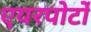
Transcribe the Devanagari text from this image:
एयरपोर्टों